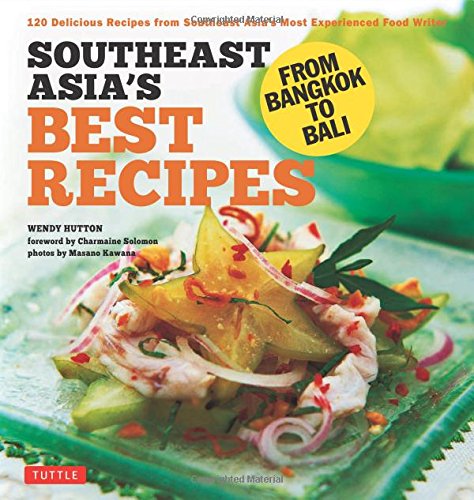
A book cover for Southeast Asia's Best Recipes: From Bangkok to Bali [Southeast Asian Cookbook, 121 Recipes]; Wendy Hutton; Cookbooks, Food & Wine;